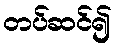
တပ်ဆင်၍